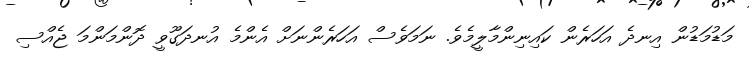
މަޑުމަޑުން އިނދެ އަހަރެން ކައިނިންމާލީމެވެ. ނަމަވެސް އަހަރެންނަށް އެންމެ އުނދަގޫވީ ދޮންމަންމަ ޖެއްސި